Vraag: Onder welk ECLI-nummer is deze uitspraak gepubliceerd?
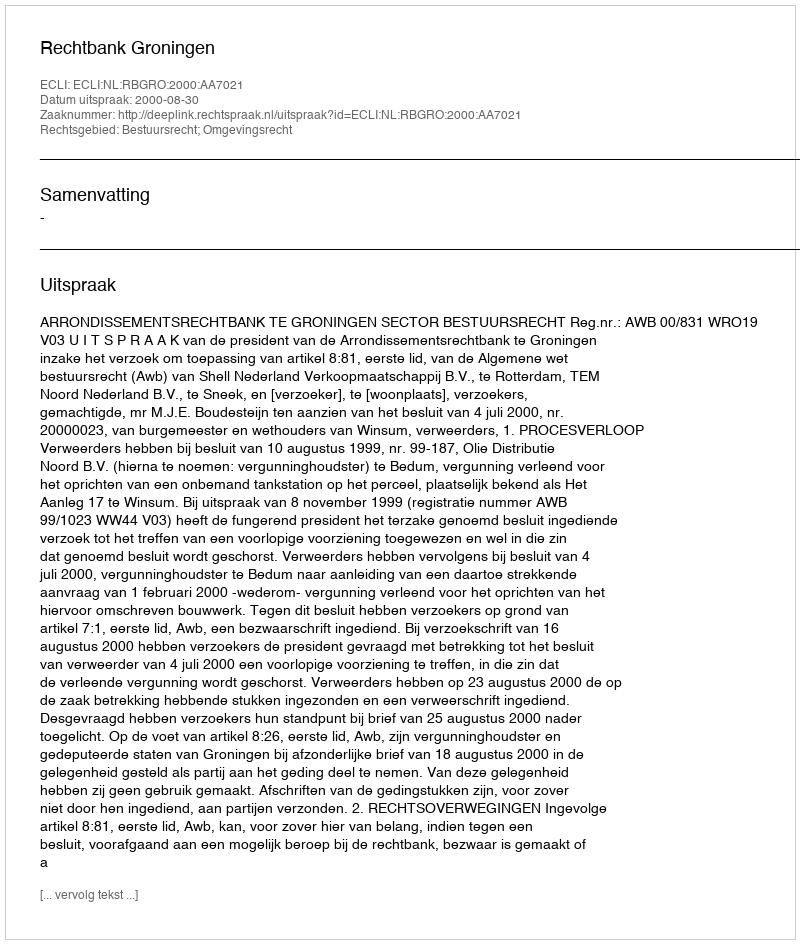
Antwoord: ECLI:NL:RBGRO:2000:AA7021